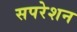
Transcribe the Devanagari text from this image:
सपरेशन